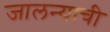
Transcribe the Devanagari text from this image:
जालन्याची